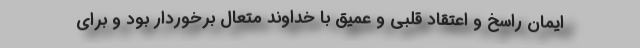
ایمان راسخ و اعتقاد قلبی و عمیق با خداوند متعال برخوردار بود و برای